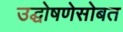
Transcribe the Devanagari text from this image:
उद्घोषणेसोबत